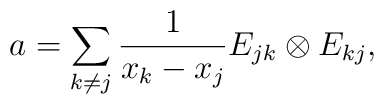
a=\sum_{k\neq j}\frac{1}{x_k-x_j}E_{jk}\otimes E_{kj},